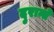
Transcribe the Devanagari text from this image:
दुरान्ते